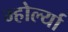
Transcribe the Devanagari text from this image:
म्होर्ल्या